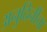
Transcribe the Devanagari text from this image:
अनुदिनींचा